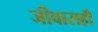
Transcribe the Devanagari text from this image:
जीवासही